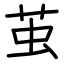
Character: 茧